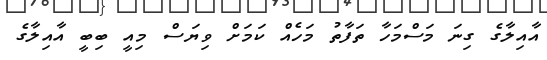
އާއިލާގެ ގިނަ މަސްމަހާ ތަފާތު މަހެއް ކަމަށް ވިޔަސް މިއީ ބިބީ އާއިލާގެ